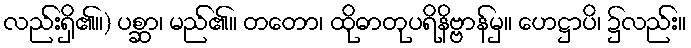
လည်းရှိ၏။) ပစ္ဆာ၊ မည်၏။ တတော၊ ထိုဓာတုပရိနိဗ္ဗာန်မှ။ ဟေဋ္ဌာပိ၊ ၌လည်း။